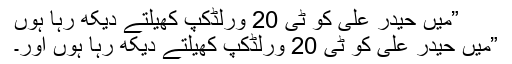
”میں حیدر علی کو ٹی 20 ورلڈکپ کھیلتے دیکھ رہا ہوں
”میں حیدر علی کو ٹی 20 ورلڈکپ کھیلتے دیکھ رہا ہوں اور۔